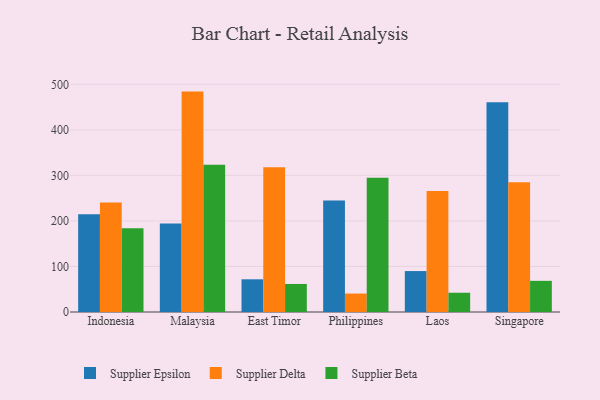
{"axis": {"x": "Country", "y": "Revenue (USD Million)"}, "legend": ["Supplier Beta", "Supplier Delta", "Supplier Epsilon"], "data": [{"x": "Indonesia", "y": 214.8, "type": "Supplier Epsilon"}, {"x": "Indonesia", "y": 240.5, "type": "Supplier Delta"}, {"x": "Indonesia", "y": 183.7, "type": "Supplier Beta"}, {"x": "Malaysia", "y": 194.5, "type": "Supplier Epsilon"}, {"x": "Malaysia", "y": 484.0, "type": "Supplier Delta"}, {"x": "Malaysia", "y": 323.6, "type": "Supplier Beta"}, {"x": "East Timor", "y": 71.8, "type": "Supplier Epsilon"}, {"x": "East Timor", "y": 317.8, "type": "Supplier Delta"}, {"x": "East Timor", "y": 61.6, "type": "Supplier Beta"}, {"x": "Philippines", "y": 244.8, "type": "Supplier Epsilon"}, {"x": "Philippines", "y": 40.5, "type": "Supplier Delta"}, {"x": "Philippines", "y": 295.0, "type": "Supplier Beta"}, {"x": "Laos", "y": 89.9, "type": "Supplier Epsilon"}, {"x": "Laos", "y": 265.6, "type": "Supplier Delta"}, {"x": "Laos", "y": 42.3, "type": "Supplier Beta"}, {"x": "Singapore", "y": 460.6, "type": "Supplier Epsilon"}, {"x": "Singapore", "y": 284.8, "type": "Supplier Delta"}, {"x": "Singapore", "y": 68.4, "type": "Supplier Beta"}]}